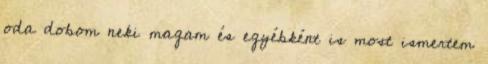
oda dobom neki magam és egyébként is most ismertem